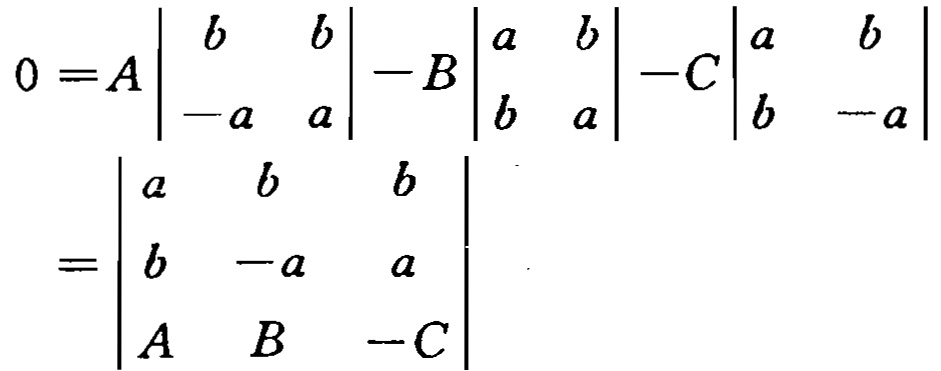
\[

\begin{align*}

0&=A\begin{vmatrix}

b&b\\

 - a&a

\end{vmatrix}-B\begin{vmatrix}

a&b\\

b&a

\end{vmatrix}-C\begin{vmatrix}

a&b\\

b& - a

\end{vmatrix}\\

&=\begin{vmatrix}

a&b&b\\

b& - a&a\\

A&B& - C

\end{vmatrix}

\end{align*}

\]